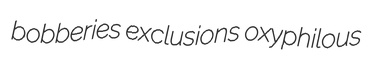
bobberies exclusions oxyphilous